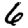
Digit: 6